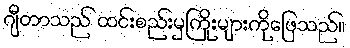
ဂျီတာသည် ထင်းစည်းမှကြိုးများကိုဖြေသည်။